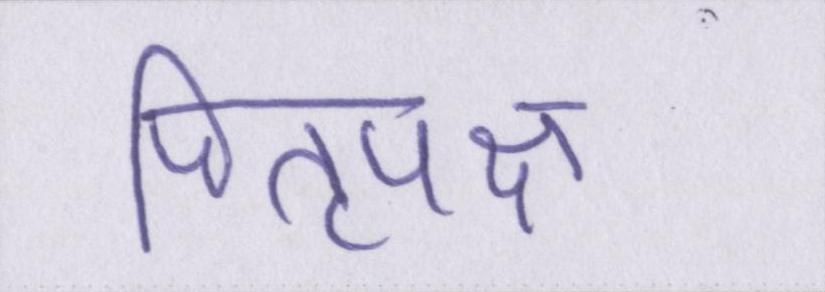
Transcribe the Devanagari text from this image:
पितृपक्ष